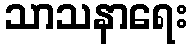
သာသနာရေး